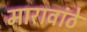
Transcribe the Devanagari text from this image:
मारावांठे